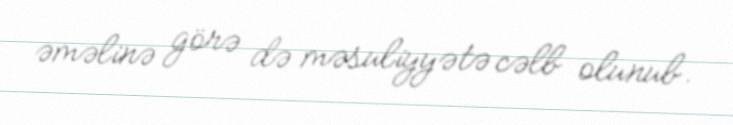
əməlinə görə də məsuliyyətə cəlb olunub.